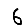
Digit: 6